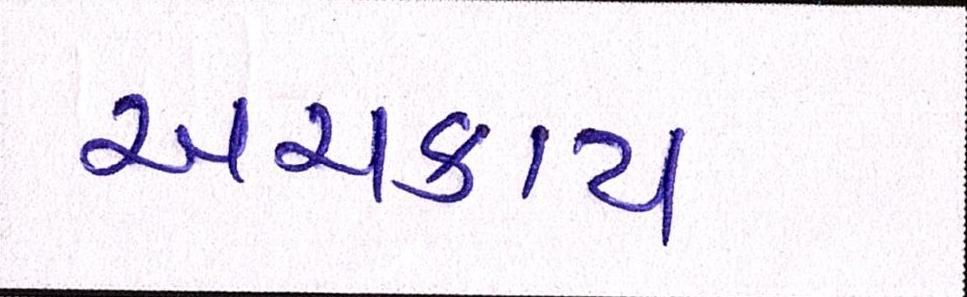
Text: અચકાય